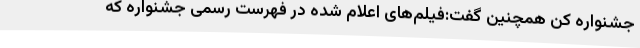
جشنواره کن همچنین گفت:فیلم‌های اعلام شده در فهرست رسمی جشنواره که